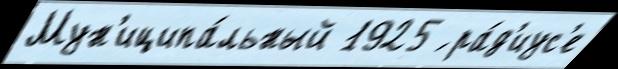
Мун'иципа́льный 1925 ́ ра́д'иус'е